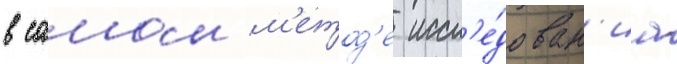
в самом м'етод'е иссл'е́дован'иа